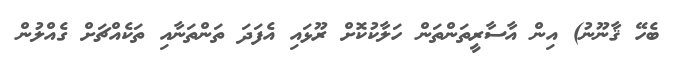
ބެހޭ ޤާނޫނު) އިން އާސާރީތަންތަން ހަލާކުކޮށް ރޫޅައި އެފަދަ ތަންތަނާއި ތަކެއްޗަށް ގެއްލުން